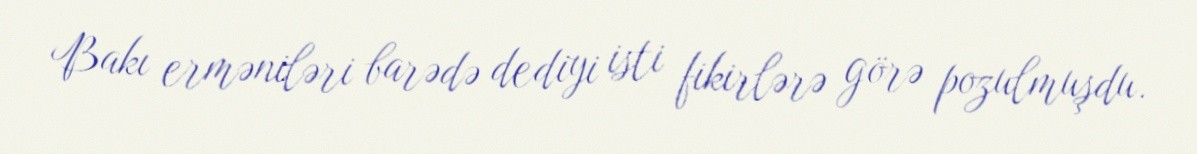
Bakı erməniləri barədə dediyi isti fikirlərə görə pozulmuşdu.